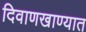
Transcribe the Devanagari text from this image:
दिवाणखाण्यात